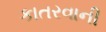
કાતરવાની